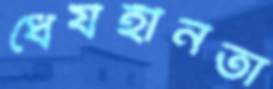
ধৈর্যহীনতা